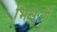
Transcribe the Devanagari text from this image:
भिक्षुऔं